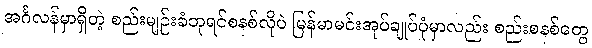
အင်္ဂလန်မှာရှိတဲ့ စည်းမျဉ်းခံဘုရင်စနစ်လိုပဲ မြန်မာမင်းအုပ်ချုပ်ပုံမှာလည်း စည်းစနစ်တွေ